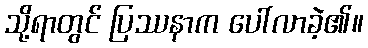
သို့ရာတွင် ပြဿနာက ပေါ်လာခဲ့၏။